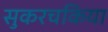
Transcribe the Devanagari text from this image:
सुकरचकिया